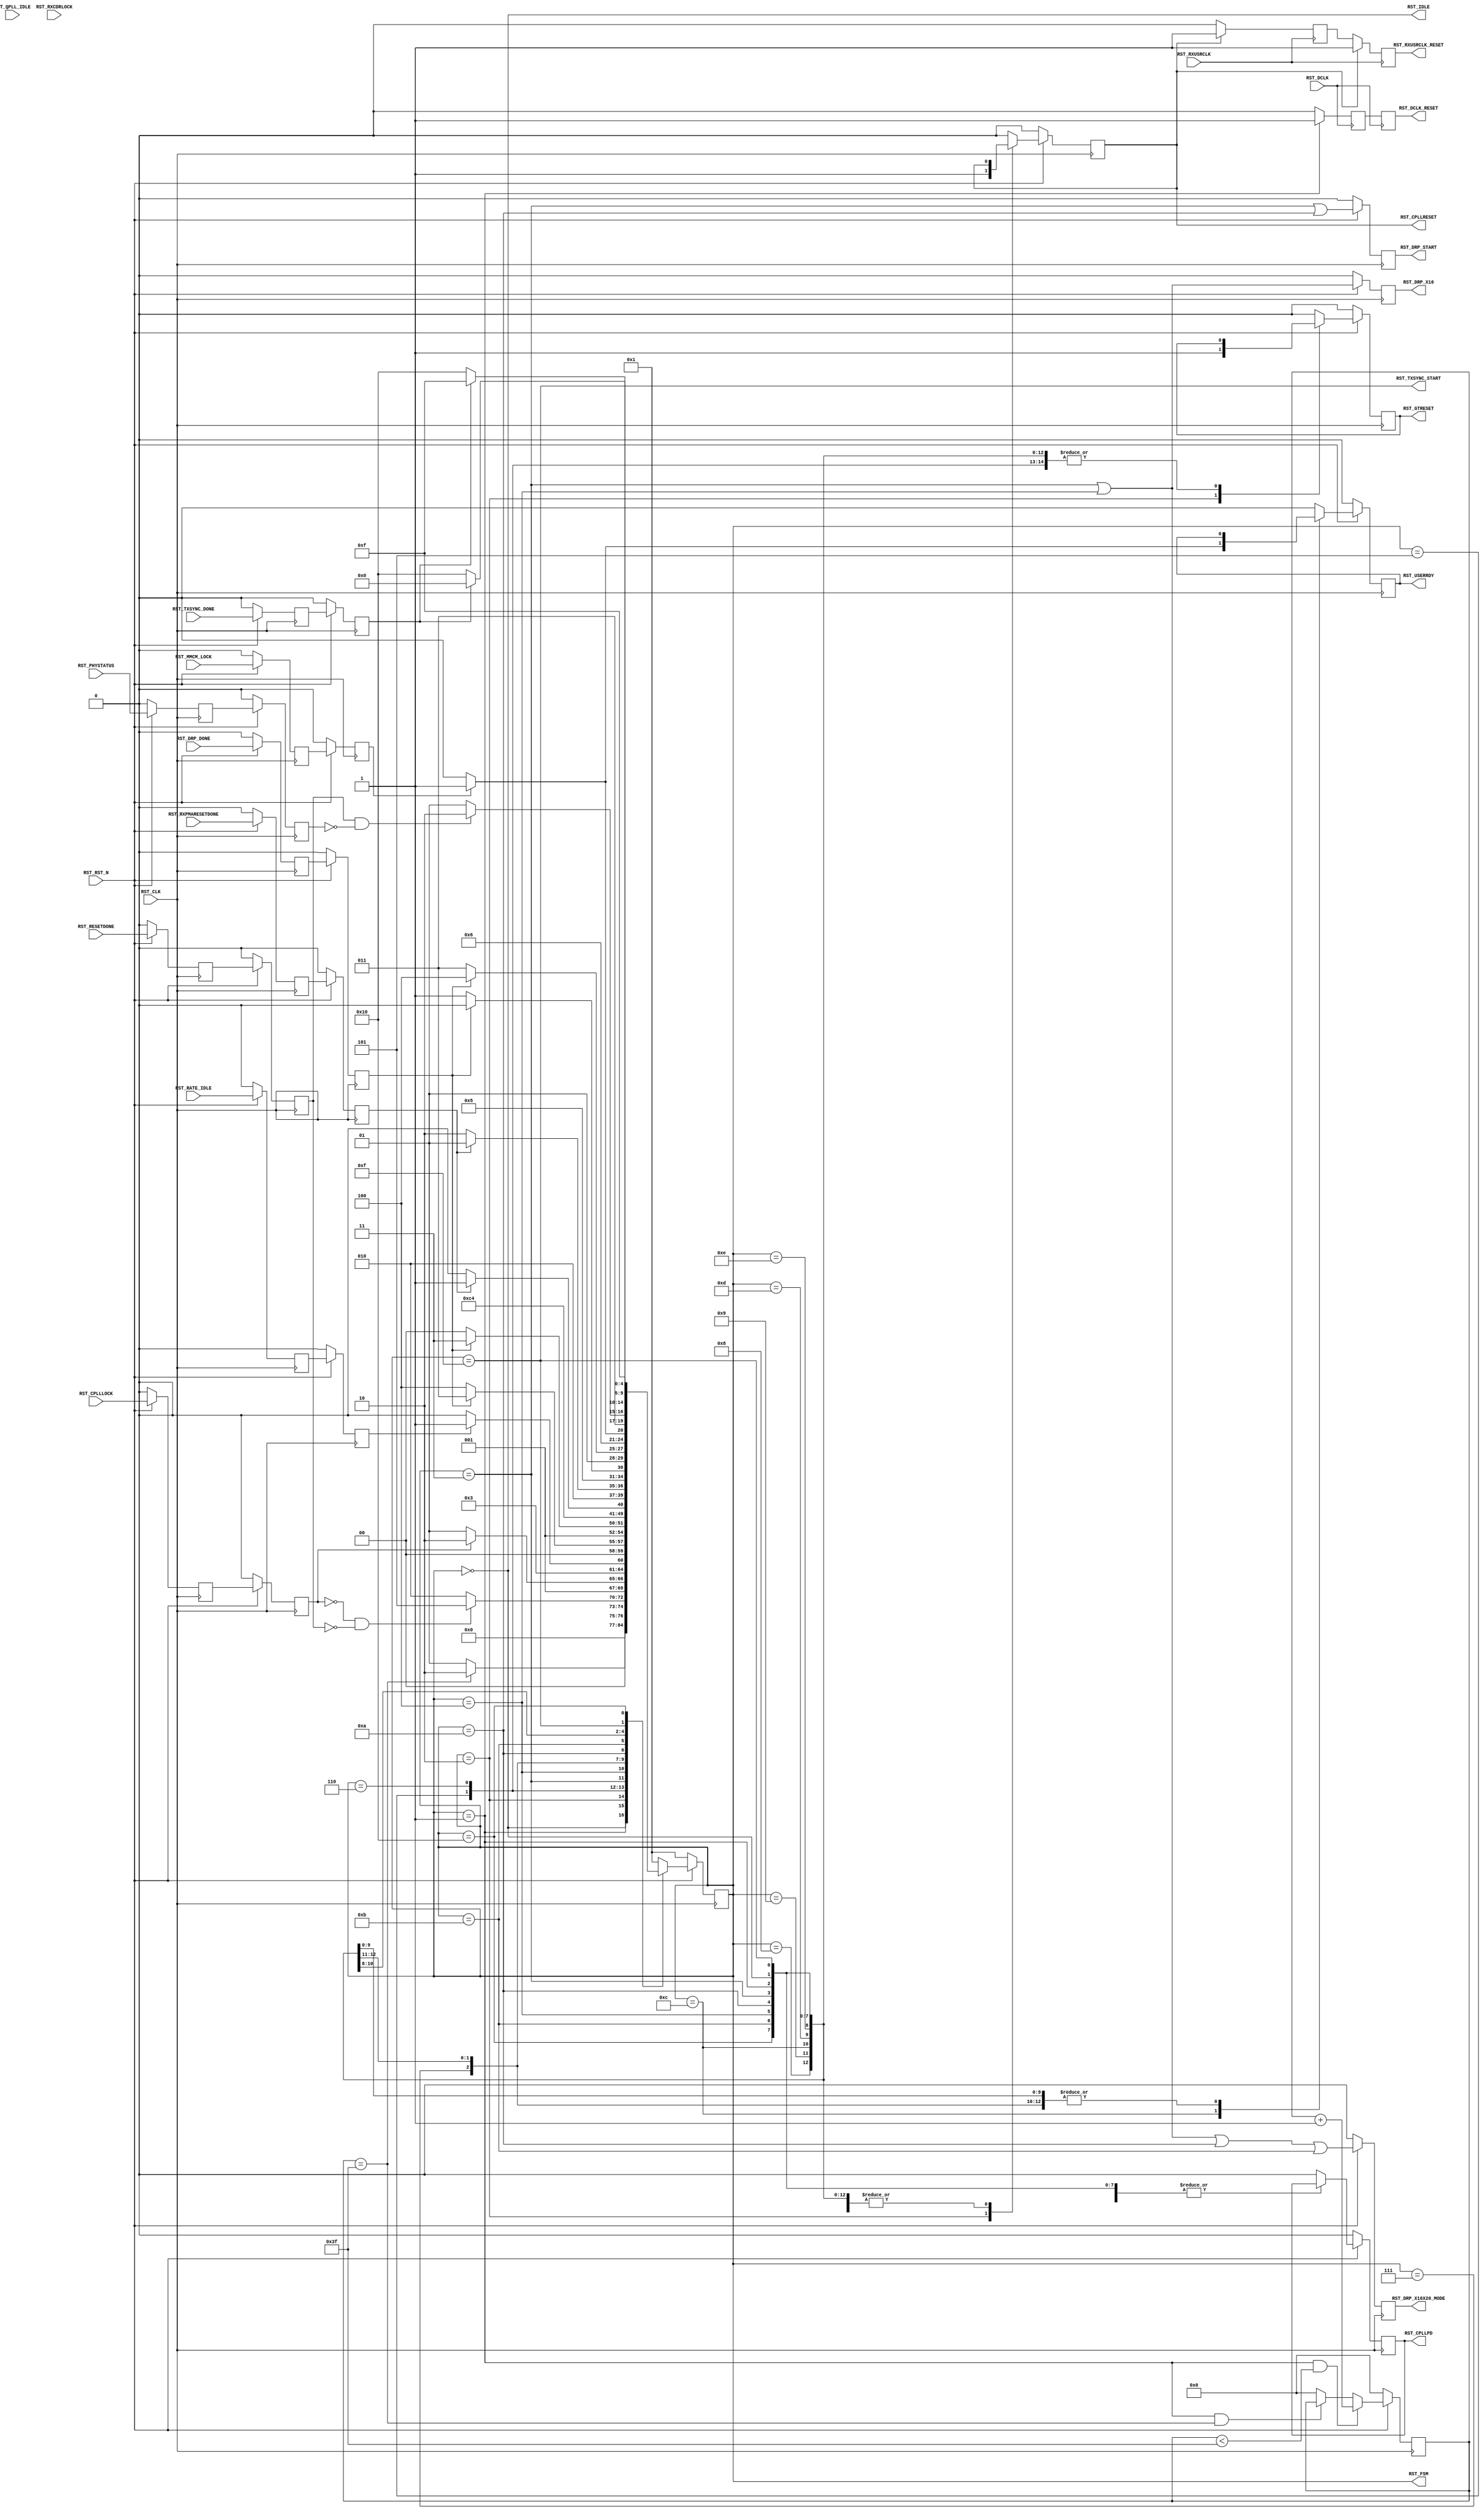
module pcieCore_pipe_reset #
(
    parameter PCIE_SIM_SPEEDUP  = "FALSE",                  // PCIe sim speedup
    parameter PCIE_GT_DEVICE    = "GTX",
    parameter PCIE_PLL_SEL      = "CPLL",                   // PCIe PLL select for Gen1/Gen2 only
    parameter PCIE_POWER_SAVING = "TRUE",                   // PCIe power saving
    parameter PCIE_TXBUF_EN     = "FALSE",                  // PCIe TX buffer enable
    parameter PCIE_LANE         = 1,                        // PCIe number of lanes
    parameter CFG_WAIT_MAX      = 6'd63,                    // Configuration wait max
    parameter BYPASS_RXCDRLOCK  = 1                         // Bypass RXCDRLOCK
)
(
    input                           RST_CLK,
    input                           RST_RXUSRCLK,
    input                           RST_DCLK,
    input                           RST_RST_N,
    input       [PCIE_LANE-1:0]     RST_DRP_DONE,
    input       [PCIE_LANE-1:0]     RST_RXPMARESETDONE,
    input       [PCIE_LANE-1:0]     RST_CPLLLOCK,
    input                           RST_QPLL_IDLE,
    input       [PCIE_LANE-1:0]     RST_RATE_IDLE,
    input       [PCIE_LANE-1:0]     RST_RXCDRLOCK,
    input                           RST_MMCM_LOCK,
    input       [PCIE_LANE-1:0]     RST_RESETDONE,
    input       [PCIE_LANE-1:0]     RST_PHYSTATUS,
    input       [PCIE_LANE-1:0]     RST_TXSYNC_DONE,
    output                          RST_CPLLRESET,
    output                          RST_CPLLPD,
    output reg                      RST_DRP_START,
    output reg                      RST_DRP_X16X20_MODE,
    output reg                      RST_DRP_X16,
    output                          RST_RXUSRCLK_RESET,
    output                          RST_DCLK_RESET,
    output                          RST_GTRESET,
    output                          RST_USERRDY,
    output                          RST_TXSYNC_START,
    output                          RST_IDLE,
    output      [4:0]               RST_FSM
);
(* ASYNC_REG = "TRUE", SHIFT_EXTRACT = "NO" *)    reg         [PCIE_LANE-1:0]     drp_done_reg1;
(* ASYNC_REG = "TRUE", SHIFT_EXTRACT = "NO" *)    reg         [PCIE_LANE-1:0]     rxpmaresetdone_reg1;
(* ASYNC_REG = "TRUE", SHIFT_EXTRACT = "NO" *)    reg         [PCIE_LANE-1:0]     cplllock_reg1;
(* ASYNC_REG = "TRUE", SHIFT_EXTRACT = "NO" *)    reg                             qpll_idle_reg1;
(* ASYNC_REG = "TRUE", SHIFT_EXTRACT = "NO" *)    reg         [PCIE_LANE-1:0]     rate_idle_reg1;
(* ASYNC_REG = "TRUE", SHIFT_EXTRACT = "NO" *)    reg         [PCIE_LANE-1:0]     rxcdrlock_reg1;
(* ASYNC_REG = "TRUE", SHIFT_EXTRACT = "NO" *)    reg                             mmcm_lock_reg1;
(* ASYNC_REG = "TRUE", SHIFT_EXTRACT = "NO" *)    reg         [PCIE_LANE-1:0]     resetdone_reg1;
(* ASYNC_REG = "TRUE", SHIFT_EXTRACT = "NO" *)    reg         [PCIE_LANE-1:0]     phystatus_reg1;
(* ASYNC_REG = "TRUE", SHIFT_EXTRACT = "NO" *)    reg         [PCIE_LANE-1:0]     txsync_done_reg1;
(* ASYNC_REG = "TRUE", SHIFT_EXTRACT = "NO" *)    reg         [PCIE_LANE-1:0]     drp_done_reg2;
(* ASYNC_REG = "TRUE", SHIFT_EXTRACT = "NO" *)    reg         [PCIE_LANE-1:0]     rxpmaresetdone_reg2;
(* ASYNC_REG = "TRUE", SHIFT_EXTRACT = "NO" *)    reg         [PCIE_LANE-1:0]     cplllock_reg2;
(* ASYNC_REG = "TRUE", SHIFT_EXTRACT = "NO" *)    reg                             qpll_idle_reg2;
(* ASYNC_REG = "TRUE", SHIFT_EXTRACT = "NO" *)    reg         [PCIE_LANE-1:0]     rate_idle_reg2;
(* ASYNC_REG = "TRUE", SHIFT_EXTRACT = "NO" *)    reg         [PCIE_LANE-1:0]     rxcdrlock_reg2;
(* ASYNC_REG = "TRUE", SHIFT_EXTRACT = "NO" *)    reg                             mmcm_lock_reg2;
(* ASYNC_REG = "TRUE", SHIFT_EXTRACT = "NO" *)    reg         [PCIE_LANE-1:0]     resetdone_reg2;
(* ASYNC_REG = "TRUE", SHIFT_EXTRACT = "NO" *)    reg         [PCIE_LANE-1:0]     phystatus_reg2;
(* ASYNC_REG = "TRUE", SHIFT_EXTRACT = "NO" *)    reg         [PCIE_LANE-1:0]     txsync_done_reg2;
    reg         [ 5:0]              cfg_wait_cnt      =  6'd0;
    reg                             cpllreset         =  1'd0;
    reg                             cpllpd            =  1'd0;
(* ASYNC_REG = "TRUE", SHIFT_EXTRACT = "NO" *)    reg                             rxusrclk_rst_reg1 =  1'd0;
(* ASYNC_REG = "TRUE", SHIFT_EXTRACT = "NO" *)    reg                             rxusrclk_rst_reg2 =  1'd0;
(* ASYNC_REG = "TRUE", SHIFT_EXTRACT = "NO" *)    reg                             dclk_rst_reg1     =  1'd0;
(* ASYNC_REG = "TRUE", SHIFT_EXTRACT = "NO" *)    reg                             dclk_rst_reg2     =  1'd0;
    reg                             gtreset           =  1'd0;
    reg                             userrdy           =  1'd0;
    reg         [4:0]               fsm               =  5'h2;
    localparam                      FSM_IDLE             = 5'h0;
    localparam                      FSM_CFG_WAIT         = 5'h1;
    localparam                      FSM_CPLLRESET        = 5'h2;
    localparam                      FSM_DRP_X16_START    = 5'h3;
    localparam                      FSM_DRP_X16_DONE     = 5'h4;
    localparam                      FSM_CPLLLOCK         = 5'h5;
    localparam                      FSM_DRP              = 5'h6;
    localparam                      FSM_GTRESET          = 5'h7;
    localparam                      FSM_RXPMARESETDONE_1 = 5'h8;
    localparam                      FSM_RXPMARESETDONE_2 = 5'h9;
    localparam                      FSM_DRP_X20_START    = 5'hA;
    localparam                      FSM_DRP_X20_DONE     = 5'hB;
    localparam                      FSM_MMCM_LOCK        = 5'hC;
    localparam                      FSM_RESETDONE        = 5'hD;
    localparam                      FSM_CPLL_PD          = 5'hE;
    localparam                      FSM_TXSYNC_START     = 5'hF;
    localparam                      FSM_TXSYNC_DONE      = 5'h10;
always @ (posedge RST_CLK)
begin
    if (!RST_RST_N)
        begin
        drp_done_reg1       <= {PCIE_LANE{1'd0}};
        rxpmaresetdone_reg1 <= {PCIE_LANE{1'd0}};
        cplllock_reg1       <= {PCIE_LANE{1'd0}};
        qpll_idle_reg1      <= 1'd0;
        rate_idle_reg1      <= {PCIE_LANE{1'd0}};
        rxcdrlock_reg1      <= {PCIE_LANE{1'd0}};
        mmcm_lock_reg1      <= 1'd0;
        resetdone_reg1      <= {PCIE_LANE{1'd0}};
        phystatus_reg1      <= {PCIE_LANE{1'd0}};
        txsync_done_reg1    <= {PCIE_LANE{1'd0}};
        drp_done_reg2       <= {PCIE_LANE{1'd0}};
        rxpmaresetdone_reg2 <= {PCIE_LANE{1'd0}};
        cplllock_reg2       <= {PCIE_LANE{1'd0}};
        qpll_idle_reg2      <= 1'd0;
        rate_idle_reg2      <= {PCIE_LANE{1'd0}};
        rxcdrlock_reg2      <= {PCIE_LANE{1'd0}};
        mmcm_lock_reg2      <= 1'd0;
        resetdone_reg2      <= {PCIE_LANE{1'd0}};
        phystatus_reg2      <= {PCIE_LANE{1'd0}};
        txsync_done_reg2    <= {PCIE_LANE{1'd0}};
        end
    else
        begin
        drp_done_reg1       <= RST_DRP_DONE;
        rxpmaresetdone_reg1 <= RST_RXPMARESETDONE;
        cplllock_reg1       <= RST_CPLLLOCK;
        qpll_idle_reg1      <= RST_QPLL_IDLE;
        rate_idle_reg1      <= RST_RATE_IDLE;
        rxcdrlock_reg1      <= RST_RXCDRLOCK;
        mmcm_lock_reg1      <= RST_MMCM_LOCK;
        resetdone_reg1      <= RST_RESETDONE;
        phystatus_reg1      <= RST_PHYSTATUS;
        txsync_done_reg1    <= RST_TXSYNC_DONE;
        drp_done_reg2       <= drp_done_reg1;
        rxpmaresetdone_reg2 <= rxpmaresetdone_reg1;
        cplllock_reg2       <= cplllock_reg1;
        qpll_idle_reg2      <= qpll_idle_reg1;
        rate_idle_reg2      <= rate_idle_reg1;
        rxcdrlock_reg2      <= rxcdrlock_reg1;
        mmcm_lock_reg2      <= mmcm_lock_reg1;
        resetdone_reg2      <= resetdone_reg1;
        phystatus_reg2      <= phystatus_reg1;
        txsync_done_reg2    <= txsync_done_reg1;
        end
end
always @ (posedge RST_CLK)
begin
    if (!RST_RST_N)
        cfg_wait_cnt <= 6'd0;
    else
        if ((fsm == FSM_CFG_WAIT) && (cfg_wait_cnt < CFG_WAIT_MAX))
            cfg_wait_cnt <= cfg_wait_cnt + 6'd1;
        else if ((fsm == FSM_CFG_WAIT) && (cfg_wait_cnt == CFG_WAIT_MAX))
            cfg_wait_cnt <= cfg_wait_cnt;
        else
            cfg_wait_cnt <= 6'd0;
end
always @ (posedge RST_CLK)
begin
    if (!RST_RST_N)
        begin
        fsm       <= FSM_CFG_WAIT;
        cpllreset <= 1'd0;
        cpllpd    <= 1'd0;
        gtreset   <= 1'd0;
        userrdy   <= 1'd0;
        end
    else
        begin
        case (fsm)
        FSM_IDLE :
            begin
            if (!RST_RST_N)
                begin
                fsm       <= FSM_CFG_WAIT;
                cpllreset <= 1'd0;
                cpllpd    <= 1'd0;
                gtreset   <= 1'd0;
                userrdy   <= 1'd0;
                end
            else
                begin
                fsm       <= FSM_IDLE;
                cpllreset <= cpllreset;
                cpllpd    <= cpllpd;
                gtreset   <= gtreset;
                userrdy   <= userrdy;
                end
            end
        FSM_CFG_WAIT :
            begin
            fsm       <= ((cfg_wait_cnt == CFG_WAIT_MAX) ? FSM_CPLLRESET : FSM_CFG_WAIT);
            cpllreset <= cpllreset;
            cpllpd    <= cpllpd;
            gtreset   <= gtreset;
            userrdy   <= userrdy;
            end
        FSM_CPLLRESET :
            begin
            fsm       <= ((&(~cplllock_reg2) && (&(~resetdone_reg2))) ?  FSM_CPLLLOCK : FSM_CPLLRESET);
            cpllreset <= 1'd1;
            cpllpd    <= cpllpd;
            gtreset   <= 1'd1;
            userrdy   <= userrdy;
            end
        FSM_CPLLLOCK :
            begin
            fsm       <= (&cplllock_reg2 ? FSM_DRP : FSM_CPLLLOCK);
            cpllreset <= 1'd0;
            cpllpd    <= cpllpd;
            gtreset   <= gtreset;
            userrdy   <= userrdy;
            end
        FSM_DRP :
            begin
            fsm       <= (&rate_idle_reg2 ? ((PCIE_GT_DEVICE == "GTX") ? FSM_GTRESET : FSM_DRP_X16_START) : FSM_DRP);
            cpllreset <= cpllreset;
            cpllpd    <= cpllpd;
            gtreset   <= gtreset;
            userrdy   <= userrdy;
            end
        FSM_DRP_X16_START :
            begin
            fsm       <= &(~drp_done_reg2) ? FSM_DRP_X16_DONE : FSM_DRP_X16_START;
            cpllreset <= cpllreset;
            cpllpd    <= cpllpd;
            gtreset   <= gtreset;
            userrdy   <= userrdy;
            end
        FSM_DRP_X16_DONE :
            begin
            fsm       <= (&drp_done_reg2) ? FSM_GTRESET : FSM_DRP_X16_DONE;
            cpllreset <= cpllreset;
            cpllpd    <= cpllpd;
            gtreset   <= gtreset;
            userrdy   <= userrdy;
            end
        FSM_GTRESET :
            begin
            fsm       <= (PCIE_GT_DEVICE == "GTX") ? FSM_MMCM_LOCK : FSM_RXPMARESETDONE_1;
            cpllreset <= cpllreset;
            cpllpd    <= cpllpd;
            gtreset   <= 1'b0;
            userrdy   <= userrdy;
            end
        FSM_RXPMARESETDONE_1 :
            begin
            fsm       <= (&rxpmaresetdone_reg2 || (PCIE_SIM_SPEEDUP == "TRUE")) ? FSM_RXPMARESETDONE_2 : FSM_RXPMARESETDONE_1;
            cpllreset <= cpllreset;
            cpllpd    <= cpllpd;
            gtreset   <= gtreset;
            userrdy   <= userrdy;
            end
        FSM_RXPMARESETDONE_2 :
            begin
            fsm       <= (&(~rxpmaresetdone_reg2) || (PCIE_SIM_SPEEDUP == "TRUE")) ? FSM_DRP_X20_START : FSM_RXPMARESETDONE_2;
            cpllreset <= cpllreset;
            cpllpd    <= cpllpd;
            gtreset   <= gtreset;
            userrdy   <= userrdy;
            end
        FSM_DRP_X20_START :
            begin
            fsm       <= &(~drp_done_reg2) ? FSM_DRP_X20_DONE : FSM_DRP_X20_START;
            cpllreset <= cpllreset;
            cpllpd    <= cpllpd;
            gtreset   <= gtreset;
            userrdy   <= userrdy;
            end
        FSM_DRP_X20_DONE :
            begin
            fsm       <= (&drp_done_reg2) ? FSM_MMCM_LOCK : FSM_DRP_X20_DONE;
            cpllreset <= cpllreset;
            cpllpd    <= cpllpd;
            gtreset   <= gtreset;
            userrdy   <= userrdy;
            end
        FSM_MMCM_LOCK :
            begin
            if (mmcm_lock_reg2 && (&rxcdrlock_reg2 || (BYPASS_RXCDRLOCK == 1)) && (qpll_idle_reg2 || (PCIE_PLL_SEL == "CPLL")))
                begin
                fsm       <= FSM_RESETDONE;
                cpllreset <= cpllreset;
                cpllpd    <= cpllpd;
                gtreset   <= gtreset;
                userrdy   <= 1'd1;
                end
            else
                begin
                fsm       <= FSM_MMCM_LOCK;
                cpllreset <= cpllreset;
                cpllpd    <= cpllpd;
                gtreset   <= gtreset;
                userrdy   <= 1'd0;
                end
            end
        FSM_RESETDONE :
            begin
            fsm       <= (&resetdone_reg2 && (&(~phystatus_reg2)) ? FSM_CPLL_PD : FSM_RESETDONE);
            cpllreset <= cpllreset;
            cpllpd    <= cpllpd;
            gtreset   <= gtreset;
            userrdy   <= userrdy;
            end
        FSM_CPLL_PD :
            begin
            fsm       <= ((PCIE_TXBUF_EN == "TRUE") ? FSM_IDLE : FSM_TXSYNC_START);
            cpllreset <= cpllreset;
            cpllpd    <= (PCIE_PLL_SEL == "QPLL");
            gtreset   <= gtreset;
            userrdy   <= userrdy;
            end
        FSM_TXSYNC_START :
            begin
            fsm       <= (&(~txsync_done_reg2) ? FSM_TXSYNC_DONE : FSM_TXSYNC_START);
            cpllreset <= cpllreset;
            cpllpd    <= cpllpd;
            gtreset   <= gtreset;
            userrdy   <= userrdy;
            end
        FSM_TXSYNC_DONE :
            begin
            fsm       <= (&txsync_done_reg2 ? FSM_IDLE : FSM_TXSYNC_DONE);
            cpllreset <= cpllreset;
            cpllpd    <= cpllpd;
            gtreset   <= gtreset;
            userrdy   <= userrdy;
            end
        default :
            begin
            fsm       <= FSM_CFG_WAIT;
            cpllreset <= 1'd0;
            cpllpd    <= 1'd0;
            gtreset   <= 1'd0;
            userrdy   <= 1'd0;
            end
        endcase
        end
end
always @ (posedge RST_RXUSRCLK)
begin
    if (cpllreset)
        begin
        rxusrclk_rst_reg1 <= 1'd1;
        rxusrclk_rst_reg2 <= 1'd1;
        end
    else
        begin
        rxusrclk_rst_reg1 <= 1'd0;
        rxusrclk_rst_reg2 <= rxusrclk_rst_reg1;
        end
end
always @ (posedge RST_DCLK)
begin
    if (fsm == FSM_CFG_WAIT)
        begin
        dclk_rst_reg1 <= 1'd1;
        dclk_rst_reg2 <= dclk_rst_reg1;
        end
    else
        begin
        dclk_rst_reg1 <= 1'd0;
        dclk_rst_reg2 <= dclk_rst_reg1;
        end
end
assign RST_CPLLRESET       = cpllreset;
assign RST_CPLLPD          = ((PCIE_POWER_SAVING == "FALSE") ? 1'd0 : cpllpd);
assign RST_RXUSRCLK_RESET  = rxusrclk_rst_reg2;
assign RST_DCLK_RESET      = dclk_rst_reg2;
assign RST_GTRESET         = gtreset;
assign RST_USERRDY         = userrdy;
assign RST_TXSYNC_START    = (fsm == FSM_TXSYNC_START);
assign RST_IDLE            = (fsm == FSM_IDLE);
assign RST_FSM             = fsm;
//  Register Output
always @ (posedge RST_CLK)
begin
    if (!RST_RST_N)
        begin
        RST_DRP_START       <= 1'd0;
        RST_DRP_X16X20_MODE <= 1'd0;
        RST_DRP_X16         <= 1'd0;
        end
    else
        begin
        RST_DRP_START       <= (fsm == FSM_DRP_X16_START) || (fsm == FSM_DRP_X20_START);
        RST_DRP_X16X20_MODE <= (fsm == FSM_DRP_X16_START) || (fsm == FSM_DRP_X16_DONE) || (fsm == FSM_DRP_X20_START) || (fsm == FSM_DRP_X20_DONE);
        RST_DRP_X16         <= (fsm == FSM_DRP_X16_START) || (fsm == FSM_DRP_X16_DONE);
        end
end
endmodule